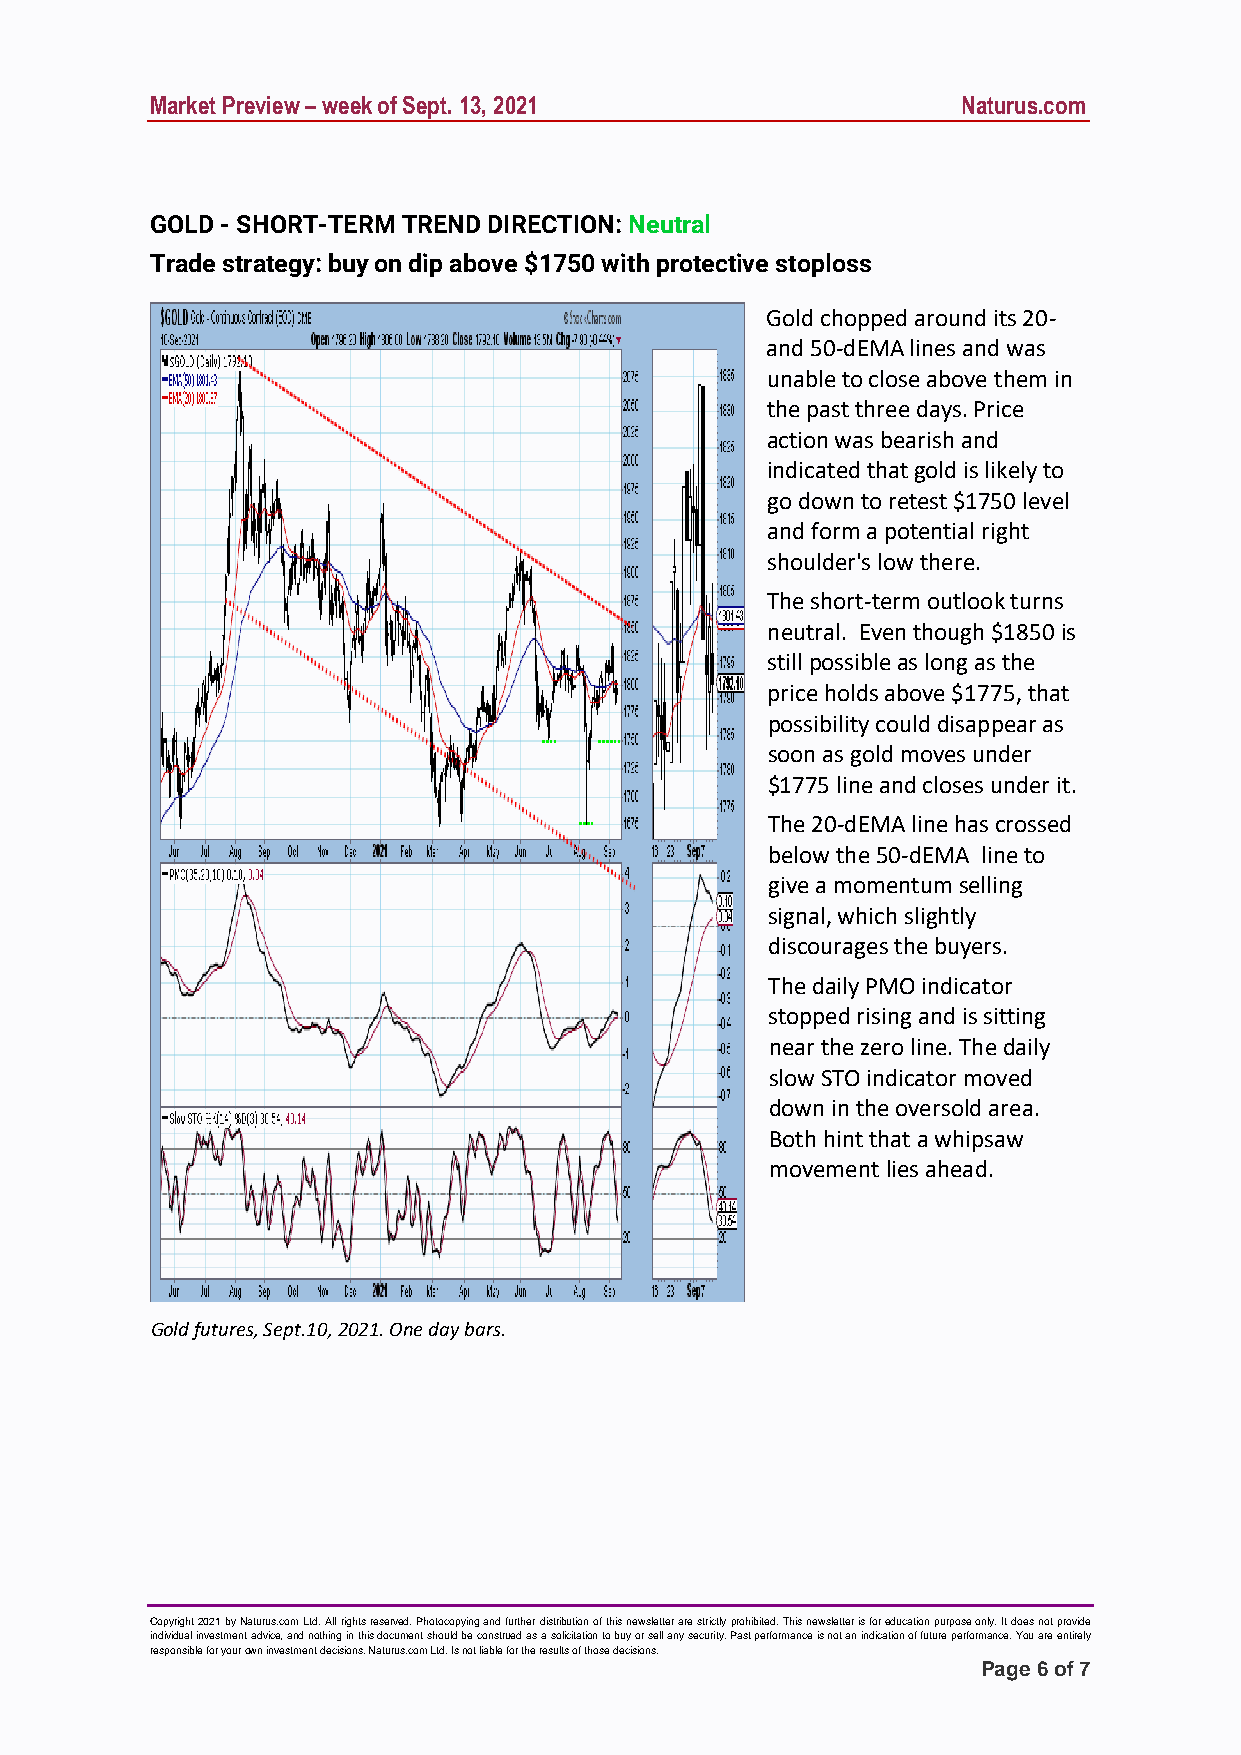
Market Preview – week of Sept. 13, 2021               Naturus.com
 GOLD - SHORT-TERM TREND DIRECTION: Neutral
 Trade strategy: buy on dip above $1750 with protective stoploss
 Gold chopped around its 20-
 and 50-dEMA lines and was
 unable to close above them in
 the past three days. Price
 action was bearish and
 indicated that gold is likely to
 go down to retest $1750 level
 and form a potential right
 shoulder's low there.
 The short-term outlook turns
 neutral. Even though $1850 is
 still possible as long as the
 price holds above $1775, that
 possibility could disappear as
 soon as gold moves under
 $1775 line and closes under it.
 The 20-dEMA line has crossed
 below the 50-dEMA line to
 give a momentum selling
 signal, which slightly
 discourages the buyers.
 The daily PMO indicator
 stopped rising and is sitting
 near the zero line. The daily
 slow STO indicator moved
 down in the oversold area.
 Both hint that a whipsaw
 movement lies ahead.
 Gold futures, Sept.10, 2021. One day bars.
 Copyright 2021 by Naturus.com Ltd. All rights reserved. Photocopying and further distribution of this newsletter are strictly prohibited. This newsletter is for education purpose only. It does not provide
 individual investment advice, and nothing in this document should be construed as a solicitation to buy or sel l any security. Past performance is not an indication of future performance. You are entirely
 responsible for your own investment decisions. Naturus.com Ltd. Is not liable for the results of those decisions.
 Page 6 of 7